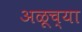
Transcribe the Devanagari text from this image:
अळूच्या